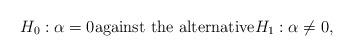
LaTeX: \begin{align*}H_0: \alpha = 0 \textnormal{against the alternative} H_1: \alpha \neq 0,\end{align*}